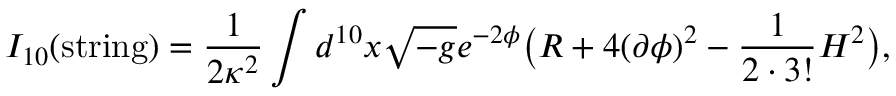
{ I _ { 1 0 } ( \mathrm { s t r i n g } ) = { \frac { 1 } { 2 \kappa ^ { 2 } } } \int d ^ { 1 0 } x \sqrt { - g } e ^ { - 2 \phi } \big ( R + 4 ( \partial \phi ) ^ { 2 } - { \frac { 1 } { 2 \cdot 3 ! } } H ^ { 2 } \big ) , }